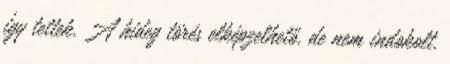
így tettek. A hideg törés elképzelhető, de nem indokolt.